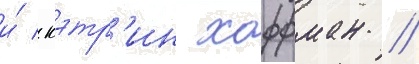
и́ кэтр'ин хоффман //